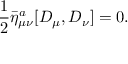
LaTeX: \frac 1 2 { \bar { \eta } ^ { a } } _ { \mu \nu } [ D _ { \mu } , D _ { \nu } ] = 0 .